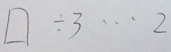
\square \div 3 \cdots 2